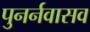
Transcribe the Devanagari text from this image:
पुनर्नवासव